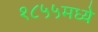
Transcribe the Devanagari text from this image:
१८५५मध्ये